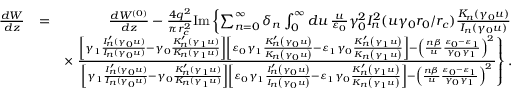
\begin{array} { r l r } { \frac { d W } { d z } } & { = } & { \frac { d W ^ { ( 0 ) } } { d z } - \frac { 4 q ^ { 2 } } { \pi r _ { c } ^ { 2 } } \mathrm { I m } \left\{ \sum _ { n = 0 } ^ { \infty } \delta _ { n } \int _ { 0 } ^ { \infty } d u \, \frac { u } { \varepsilon _ { 0 } } \gamma _ { 0 } ^ { 2 } I _ { n } ^ { 2 } ( u \gamma _ { 0 } r _ { 0 } / r _ { c } ) \frac { K _ { n } ( \gamma _ { 0 } u ) } { I _ { n } ( \gamma _ { 0 } u ) } \right. } \\ & { } & { \times \left. \frac { \left[ \gamma _ { 1 } \frac { I _ { n } ^ { \prime } ( \gamma _ { 0 } u ) } { I _ { n } ( \gamma _ { 0 } u ) } - \gamma _ { 0 } \frac { K _ { n } ^ { \prime } ( \gamma _ { 1 } u ) } { K _ { n } ( \gamma _ { 1 } u ) } \right] \left[ \varepsilon _ { 0 } \gamma _ { 1 } \frac { K _ { n } ^ { \prime } \left( \gamma _ { 0 } u \right) } { K _ { n } \left( \gamma _ { 0 } u \right) } - \varepsilon _ { 1 } \gamma _ { 0 } \frac { K _ { n } ^ { \prime } \left( \gamma _ { 1 } u \right) } { K _ { n } \left( \gamma _ { 1 } u \right) } \right] - \left( \frac { n \beta } { u } \frac { \varepsilon _ { 0 } - \varepsilon _ { 1 } } { \gamma _ { 0 } \gamma _ { 1 } } \right) ^ { 2 } } { \left[ \gamma _ { 1 } \frac { I _ { n } ^ { \prime } ( \gamma _ { 0 } u ) } { I _ { n } ( \gamma _ { 0 } u ) } - \gamma _ { 0 } \frac { K _ { n } ^ { \prime } ( \gamma _ { 1 } u ) } { K _ { n } ( \gamma _ { 1 } u ) } \right] \left[ \varepsilon _ { 0 } \gamma _ { 1 } \frac { I _ { n } ^ { \prime } \left( \gamma _ { 0 } u \right) } { I _ { n } \left( \gamma _ { 0 } u \right) } - \varepsilon _ { 1 } \gamma _ { 0 } \frac { K _ { n } ^ { \prime } \left( \gamma _ { 1 } u \right) } { K _ { n } \left( \gamma _ { 1 } u \right) } \right] - \left( \frac { n \beta } { u } \frac { \varepsilon _ { 0 } - \varepsilon _ { 1 } } { \gamma _ { 0 } \gamma _ { 1 } } \right) ^ { 2 } } \right\} . } \end{array}